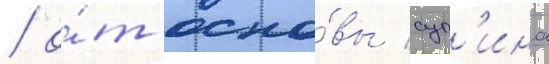
/ о́т осно́вы суп'ина